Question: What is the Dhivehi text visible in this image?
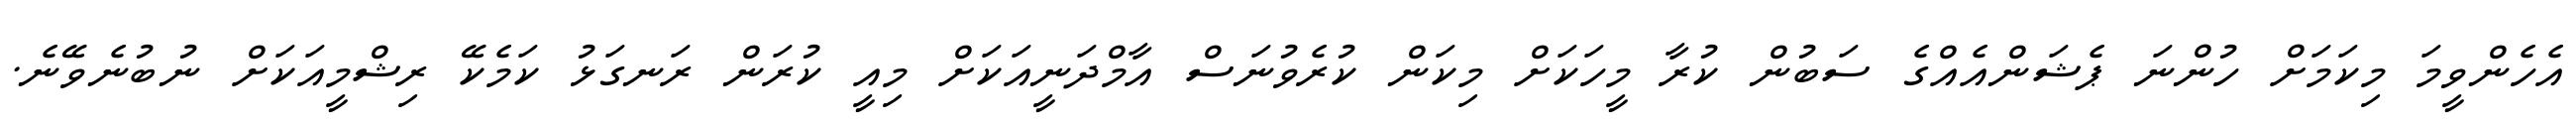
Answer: އެހެންވީމަ މިކަމަށް ހުންނަ ޕެޝަންއެއްގެ ސަބުން ކުރާ މީހަކަށް މިކަން ކުރެވުނަސް އާމްދަނީއަކަށް މިއީ ކުރަން ރަނގަޅު ކަމެކޭ ރިޝްމީއަކަށް ނުބުނެވޭނެ.